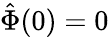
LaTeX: {\hat{\Phi}}(0)=0